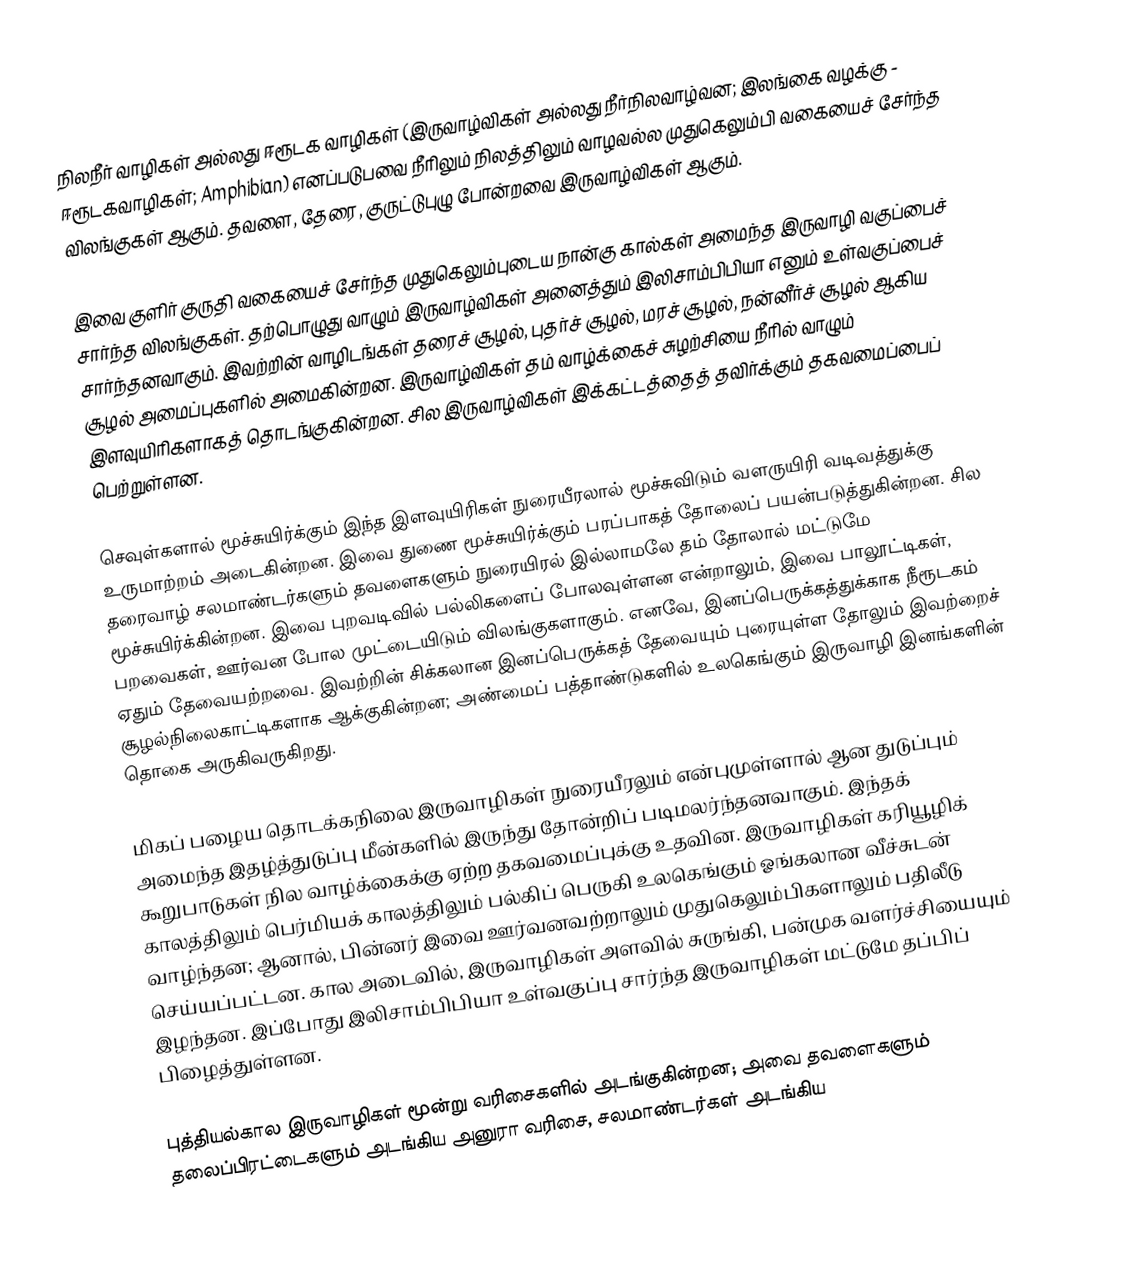
நிலநீர் வாழிகள் அல்லது ஈரூடக வாழிகள் (இருவாழ்விகள் அல்லது நீர்நிலவாழ்வன; இலங்கை வழக்கு - ஈரூடகவாழிகள்; Amphibian) எனப்படுபவை நீரிலும் நிலத்திலும் வாழவல்ல முதுகெலும்பி வகையைச் சேர்ந்த விலங்குகள் ஆகும். தவளை, தேரை, குருட்டுபுழு போன்றவை இருவாழ்விகள் ஆகும்.

இவை குளிர் குருதி வகையைச் சேர்ந்த முதுகெலும்புடைய நான்கு கால்கள் அமைந்த இருவாழி வகுப்பைச் சார்ந்த விலங்குகள். தற்பொழுது வாழும் இருவாழ்விகள் அனைத்தும் இலிசாம்பிபியா எனும் உள்வகுப்பைச் சார்ந்தனவாகும். இவற்றின் வாழிடங்கள் தரைச் சூழல், புதர்ச் சூழல், மரச் சூழல், நன்னீர்ச் சூழல் ஆகிய சூழல் அமைப்புகளில் அமைகின்றன. இருவாழ்விகள் தம் வாழ்க்கைச் சுழற்சியை நீரில் வாழும் இளவுயிரிகளாகத் தொடங்குகின்றன. சில இருவாழ்விகள் இக்கட்டத்தைத் தவிர்க்கும் தகவமைப்பைப் பெற்றுள்ளன.

செவுள்களால் மூச்சுயிர்க்கும் இந்த இளவுயிரிகள் நுரையீரலால் மூச்சுவிடும் வளருயிரி வடிவத்துக்கு உருமாற்றம் அடைகின்றன. இவை துணை மூச்சுயிர்க்கும் பரப்பாகத் தோலைப் பயன்படுத்துகின்றன. சில தரைவாழ் சலமாண்டர்களும் தவளைகளும் நுரையிரல் இல்லாமலே தம் தோலால் மட்டுமே மூச்சுயிர்க்கின்றன. இவை புறவடிவில் பல்லிகளைப் போலவுள்ளன என்றாலும், இவை பாலூட்டிகள், பறவைகள், ஊர்வன போல முட்டையிடும் விலங்குகளாகும். எனவே, இனப்பெருக்கத்துக்காக நீரூடகம் ஏதும் தேவையற்றவை. இவற்றின் சிக்கலான இனப்பெருக்கத் தேவையும் புரையுள்ள தோலும்  இவற்றைச் சூழல்நிலைகாட்டிகளாக ஆக்குகின்றன; அண்மைப் பத்தாண்டுகளில் உலகெங்கும் இருவாழி இனங்களின் தொகை அருகிவருகிறது.

மிகப் பழைய தொடக்கநிலை இருவாழிகள் நுரையீரலும் என்புமுள்ளால் ஆன துடுப்பும் அமைந்த இதழ்த்துடுப்பு மீன்களில் இருந்து தோன்றிப் படிமலர்ந்தனவாகும். இந்தக் கூறுபாடுகள் நில வாழ்க்கைக்கு ஏற்ற தகவமைப்புக்கு உதவின. இருவாழிகள் கரியூழிக் காலத்திலும் பெர்மியக் காலத்திலும் பல்கிப் பெருகி உலகெங்கும் ஓங்கலான வீச்சுடன் வாழ்ந்தன; ஆனால், பின்னர் இவை ஊர்வனவற்றாலும் முதுகெலும்பிகளாலும் பதிலீடு செய்யப்பட்டன. கால அடைவில், இருவாழிகள் அளவில் சுருங்கி, பன்முக வளர்ச்சியையும் இழந்தன. இப்போது இலிசாம்பிபியா உள்வகுப்பு சார்ந்த இருவாழிகள் மட்டுமே தப்பிப் பிழைத்துள்ளன.

புத்தியல்கால இருவாழிகள் மூன்று வரிசைகளில் அடங்குகின்றன; அவை தவளைகளும் தலைப்பிரட்டைகளும் அடங்கிய அனுரா வரிசை, சலமாண்டர்கள் அடங்கிய